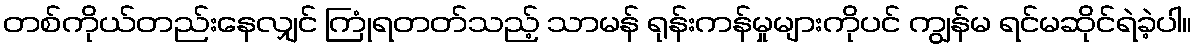
တစ်ကိုယ်တည်းနေလျှင် ကြုံရတတ်သည့် သာမန် ရုန်းကန်မှုများကိုပင် ကျွန်မ ရင်မဆိုင်ရဲခဲ့ပါ။